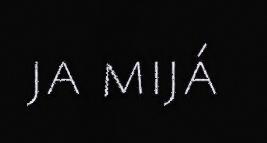
ja mijá